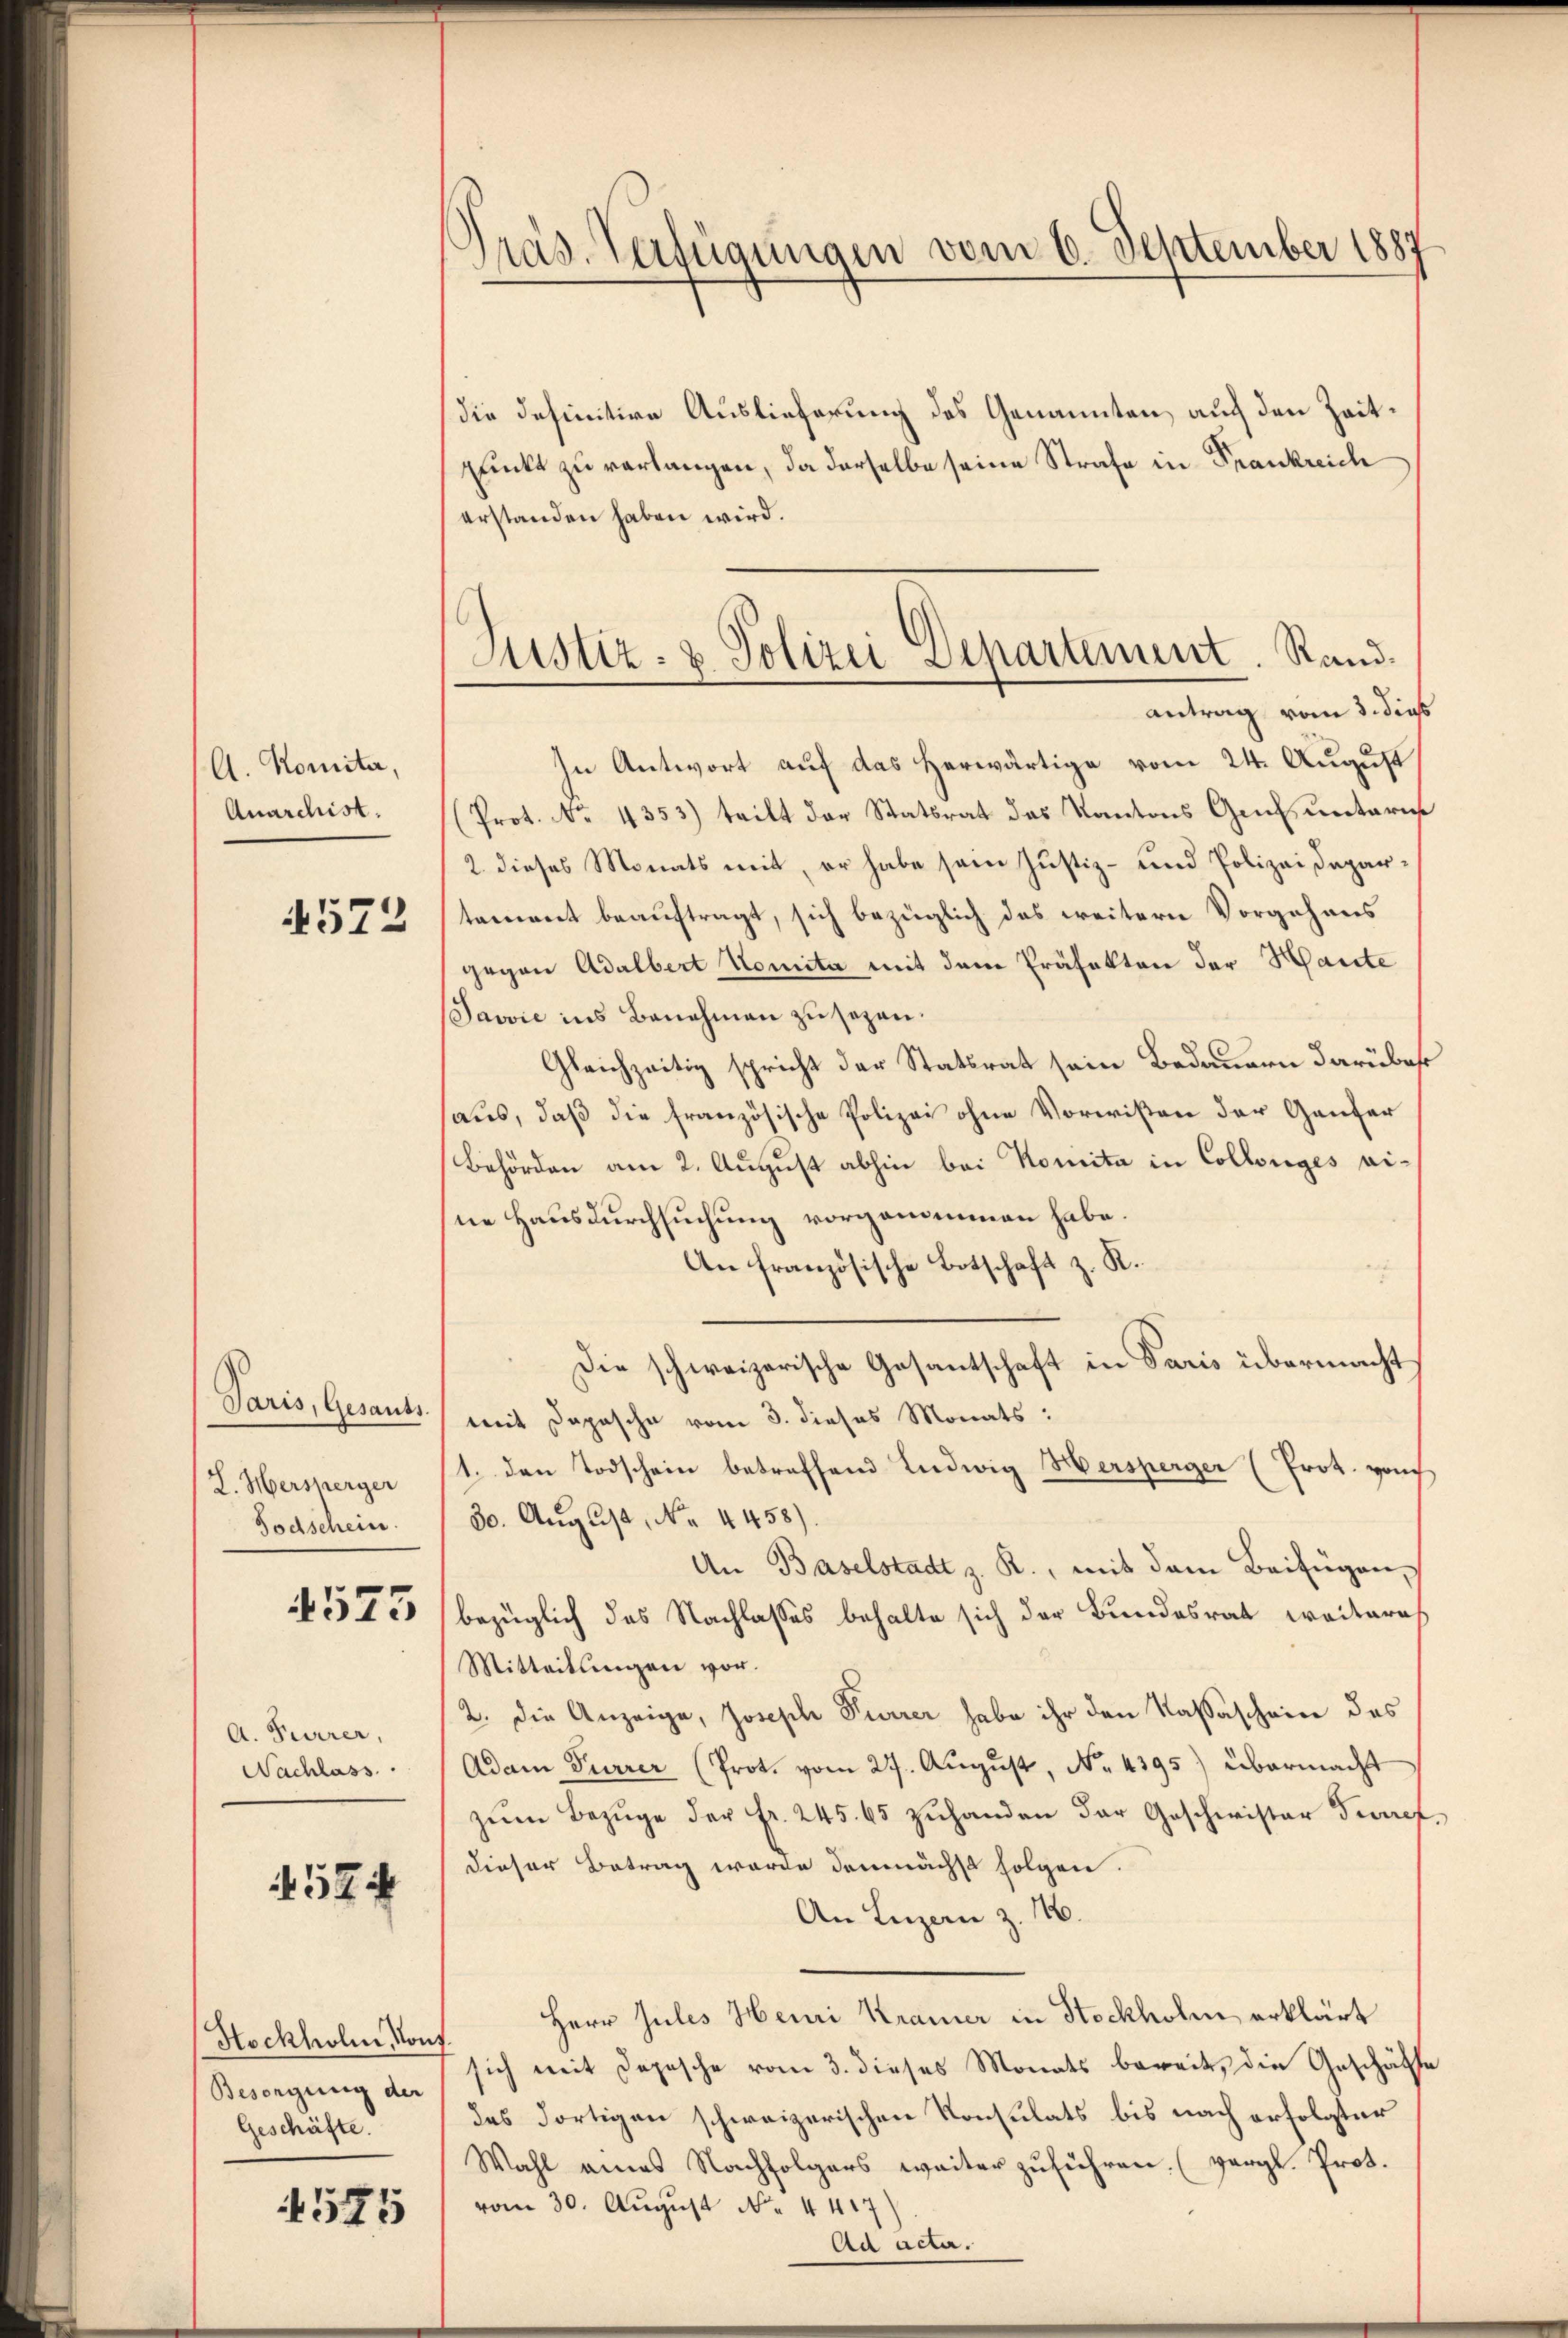
A. Komita,
Anarchist.

4572

Paris, Gesants.
L. Mersherger
Todschein.

4575

A. Furrer,
Nachlass

524

Hockholm Konf
Besorgung der
Geschäfte.

1575

Präs. Verfügungen vom 6. September 1887

die definitive Auslieferung des Genannten, auf den Zeitpunkt zu verlangen, da derselbe seine Strafe in Frankreich
erstanden haben wird.
In Antwort auf das herwärtige vom 24. August
Prot. No. 4353) teilt der Statsrat des Kantons Genf untaris
2. dieses Monats mit, er habe sein Justiz- und Polizeidepartement beauftragt, sich bezüglich das weitern Vorgehens
gegen Adalbert Komita mit dem Präfekten der Haute
Javvić ins Benehmen zu sezen.
Gleichzeitig spricht der Statsrat sein Bedauern darüber
haus, daß die französische Polizei ohne Vorwißen der Ganzer
Behörden am 2. August abhin bei Komita in Collenges eine Hausdurchsuchung vorgenommen habe.
An französische Botschaft z. R.
Die schweizerische Gesantschaft in Paris übermacht
mit Depesche vom 3. dieses Monats:
1. den Todschein betreffend Ludwig Hersperger (Prot. von
30. August, No 4458).
An Baselstadt z. R., mit dem Beifügen,
bezüglich des Nachlasses behalte sich der Bundesrat weiteres
Mitteilungen vor.
2. die Anzeige, Joseph Furrer habe ihr den Kassaschein des
Adam Furrer (Prot. vom 27. Aŭgŭst No. 4395) übermacht
zŭm Bezüge der Fr. 245. 65 zuhanden der Geschwister Furref
dieser Betrag wurde demnächst folgen.
An Luzern z. 116.
Herr Jules Henri Kramer in Stockholm erklärt
sich mit Depesche vom 3. dieses Monats bereit, die Geschäfte
des dortigen schweizerischen Konsulats bis nach erfolgter
Wahl eines Nachfolgers weiter zuführen. (vergl. Prot.
vom 30. August N. 4417)
Ad acta.

Justiz- & Polizei Departement. Rand.
Antrag vom 5. dies